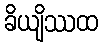
ခိယျိဿထ